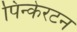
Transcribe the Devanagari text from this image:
पिन्केरटन